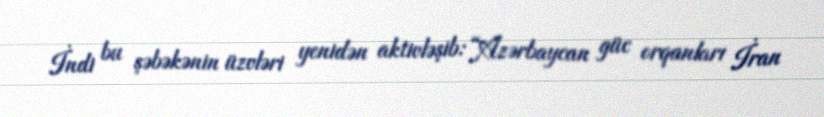
İndi bu şəbəkənin üzvləri yenidən aktivləşib: “Azərbaycan güc orqanları İran